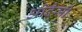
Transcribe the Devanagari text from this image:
ओदैसी